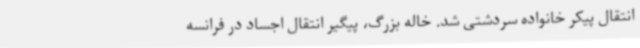
انتقال پیکر خانواده سردشتی شد. خاله بزرگ، پیگیر انتقال اجساد در فرانسه